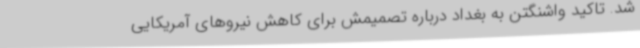
شد. تاکید واشنگتن به بغداد درباره تصمیمش برای کاهش نیروهای آمریکایی